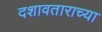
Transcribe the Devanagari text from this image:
दशावताराच्या